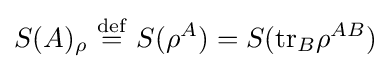
S(A)_{\rho }\ {\stackrel {\mathrm {def} }{=}}\ S(\rho ^{A})=S(\mathrm {tr} _{B}\rho ^{AB})